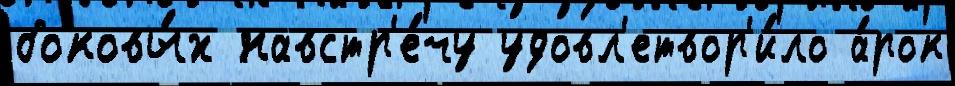
боковы́х навстр'е́чу удовл'етвор'и́ло а́рок